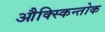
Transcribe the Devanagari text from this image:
औक्स्किन्तोक